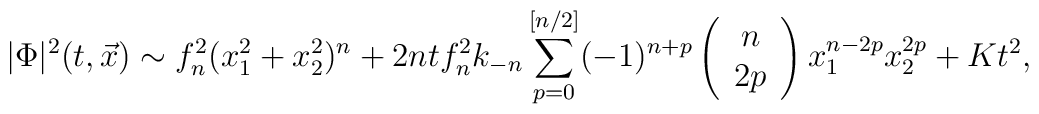
|\Phi|^{2} (t,\vec{x}) \sim f_{n}^{2} (x_{1}^{2} + x_{2}^{2})^{n} +2ntf_{n}^{2} k_{-n} \sum_{p=0}^{[n/2]} (-1)^{n+p}\left(\begin{array}{c}n \\ 2p\end{array}\right)x_{1}^{n-2p} x_{2}^{2p} + Kt^2,